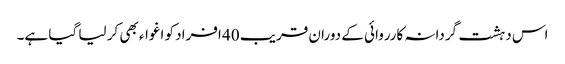
اس دہشت گردانہ کارروائی کے دوران قریب 40 افراد کو اغواء بھی کر لیا گیا ہے۔